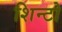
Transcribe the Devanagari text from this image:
शिन्टो